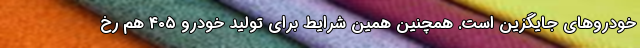
خودروهای جایگزین است. همچنین همین شرایط برای تولید خودرو ۴۰۵ هم رخ